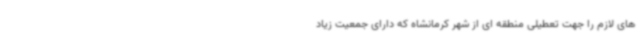
های لازم را جهت تعطیلی منطقه ای از شهر کرمانشاه که دارای جمعیت زیاد